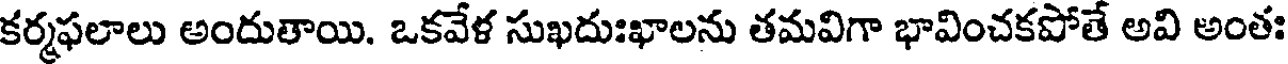
కర్మఫలాలు అందుతాయి. ఒకవేళ సుఖదుఃఖాలను తమవిగా భావించకపోతే అవి అంతః